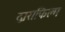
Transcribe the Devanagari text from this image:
द्वाराफिल्म